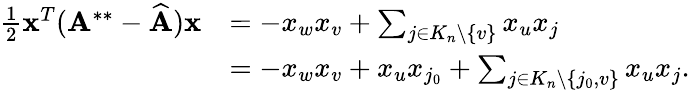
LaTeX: \begin{array}{rl}{\frac{1}{2}\mathbf{x}^{T}(\mathbf{A}^{**}-\widehat{\mathbf{A}})\mathbf{x}}&{=-x_{w}x_{v}+\sum_{j\in K_{n}\setminus\{ v\} }x_{u}x_{j}}\\ &{=-x_{w}x_{v}+x_{u}x_{j_{0}}+\sum_{j\in K_{n}\setminus\{ j_{0},v\} }x_{u}x_{j}.}\end{array}